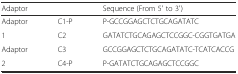
| <COLSPAN=2> Adaptor | Sequence (From 5′ to 3′) |
 | --- | --- | --- |
 | Adaptor | C1-P | P-GCCGGAGCTCTGCAGATATC |
 | 1 | C2 | GATATCTGCAGAGCTCCGGC-CGGTGATGA |
 | Adaptor | C3 | GCCGGAGCTCTGCAGATATC-TCATCACCG |
 | 2 | C4-P | P-GATATCTGCAGAGCTCCGGC |